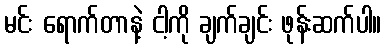
မင်း ရောက်တာနဲ့ ငါ့ကို ချက်ချင်း ဖုန်းဆက်ပါ။